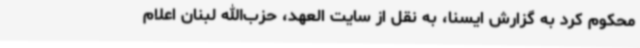
محکوم کرد به گزارش ایسنا، به نقل از سایت العهد، حزب‌الله لبنان اعلام